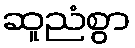
ဆူညံစွာ